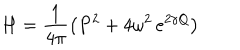
H = \frac { 1 } { 4 \pi } \left( P ^ { 2 } + 4 \omega ^ { 2 } \, e ^ { 2 \gamma Q } \right)